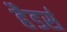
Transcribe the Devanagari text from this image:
हैडर्स